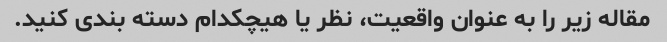
مقاله زیر را به عنوان واقعیت، نظر یا هیچکدام دسته بندی کنید.